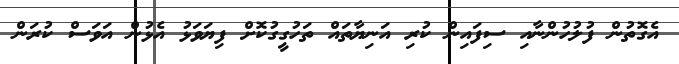
އެގޮތުން ފުލުހުންނާއި ސިފައިން ކުރި އަނިޔާތައް ތަހުގީގުކޮށް ފިޔަވަޅު އެޅުން އަވަސް ކުރަން